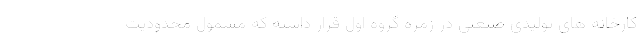
کارخانه های تولیدی صنعتی در زمره گروه اول قرار داشته که مشمول محدودیت